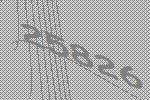
25826